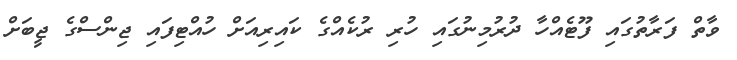
ވާތް ފަރާތުގައި ފޫޓެއްހާ ދުރުމިނުގައި ހުރި ރުކެއްގެ ކައިރިއަށް ހުއްޓިފައި ޖިންސްގެ ޖީބަށް